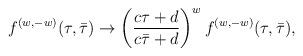
LaTeX: \begin{align*}{f^{(w,-w)}(\tau,\bar\tau) \to \left({c\tau + d \over c\bar\tau + d}\right)^w f^{(w,-w)}(\tau,\bar\tau) ,}\end{align*}